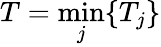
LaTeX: T=\operatorname*{min}_{j}\{ T_{j}\}